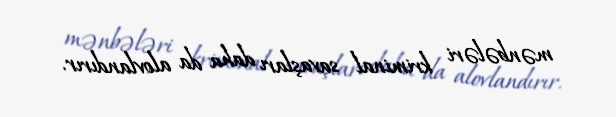
mənbələri kriminal savaşları daha da alovlandırır.